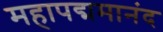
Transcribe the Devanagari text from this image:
महापद्ममानंद